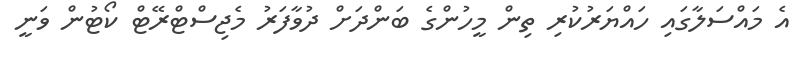
އެ މައްސަލާގައި ހައްޔަރުކުރި ތިން މީހުންގެ ބަންދަށް ދުވާފަރު މެޖިސްޓްރޭޓް ކޯޓުން ވަނީ